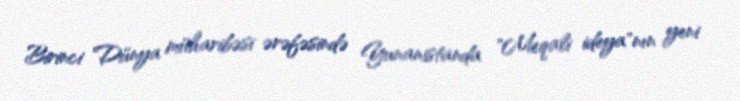
Birinci Dünya müharibəsi ərəfəsində Yunanistanda "Meqali ideya"nın yeni